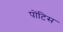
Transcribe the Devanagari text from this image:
पोंटिस